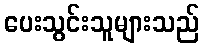
ပေးသွင်းသူများသည်